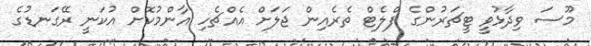
މޫސަ ވިދާޅުވީ ޓީޗަރުންގެ ފްލެޓް ތެރެއިން ޖަލަށް އެއްޗެހި އާންމުކޮށް އުކަނީ ރޭގަނޑުގެ